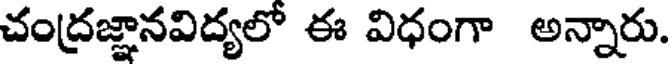
చంద్రజ్ఞానవిద్యలో ఈ విధంగా అన్నారు.